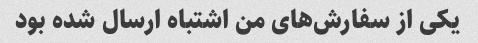
یکی از سفارش‌های من اشتباه ارسال شده بود